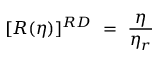
~ [ R ( \eta ) ] ^ { R D } ~ = ~ \frac { \eta } { \eta _ { r } }